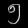
Digit: ၅